EELK_Tartu_Peetri_kogudus_(kirikutahed), lk 26
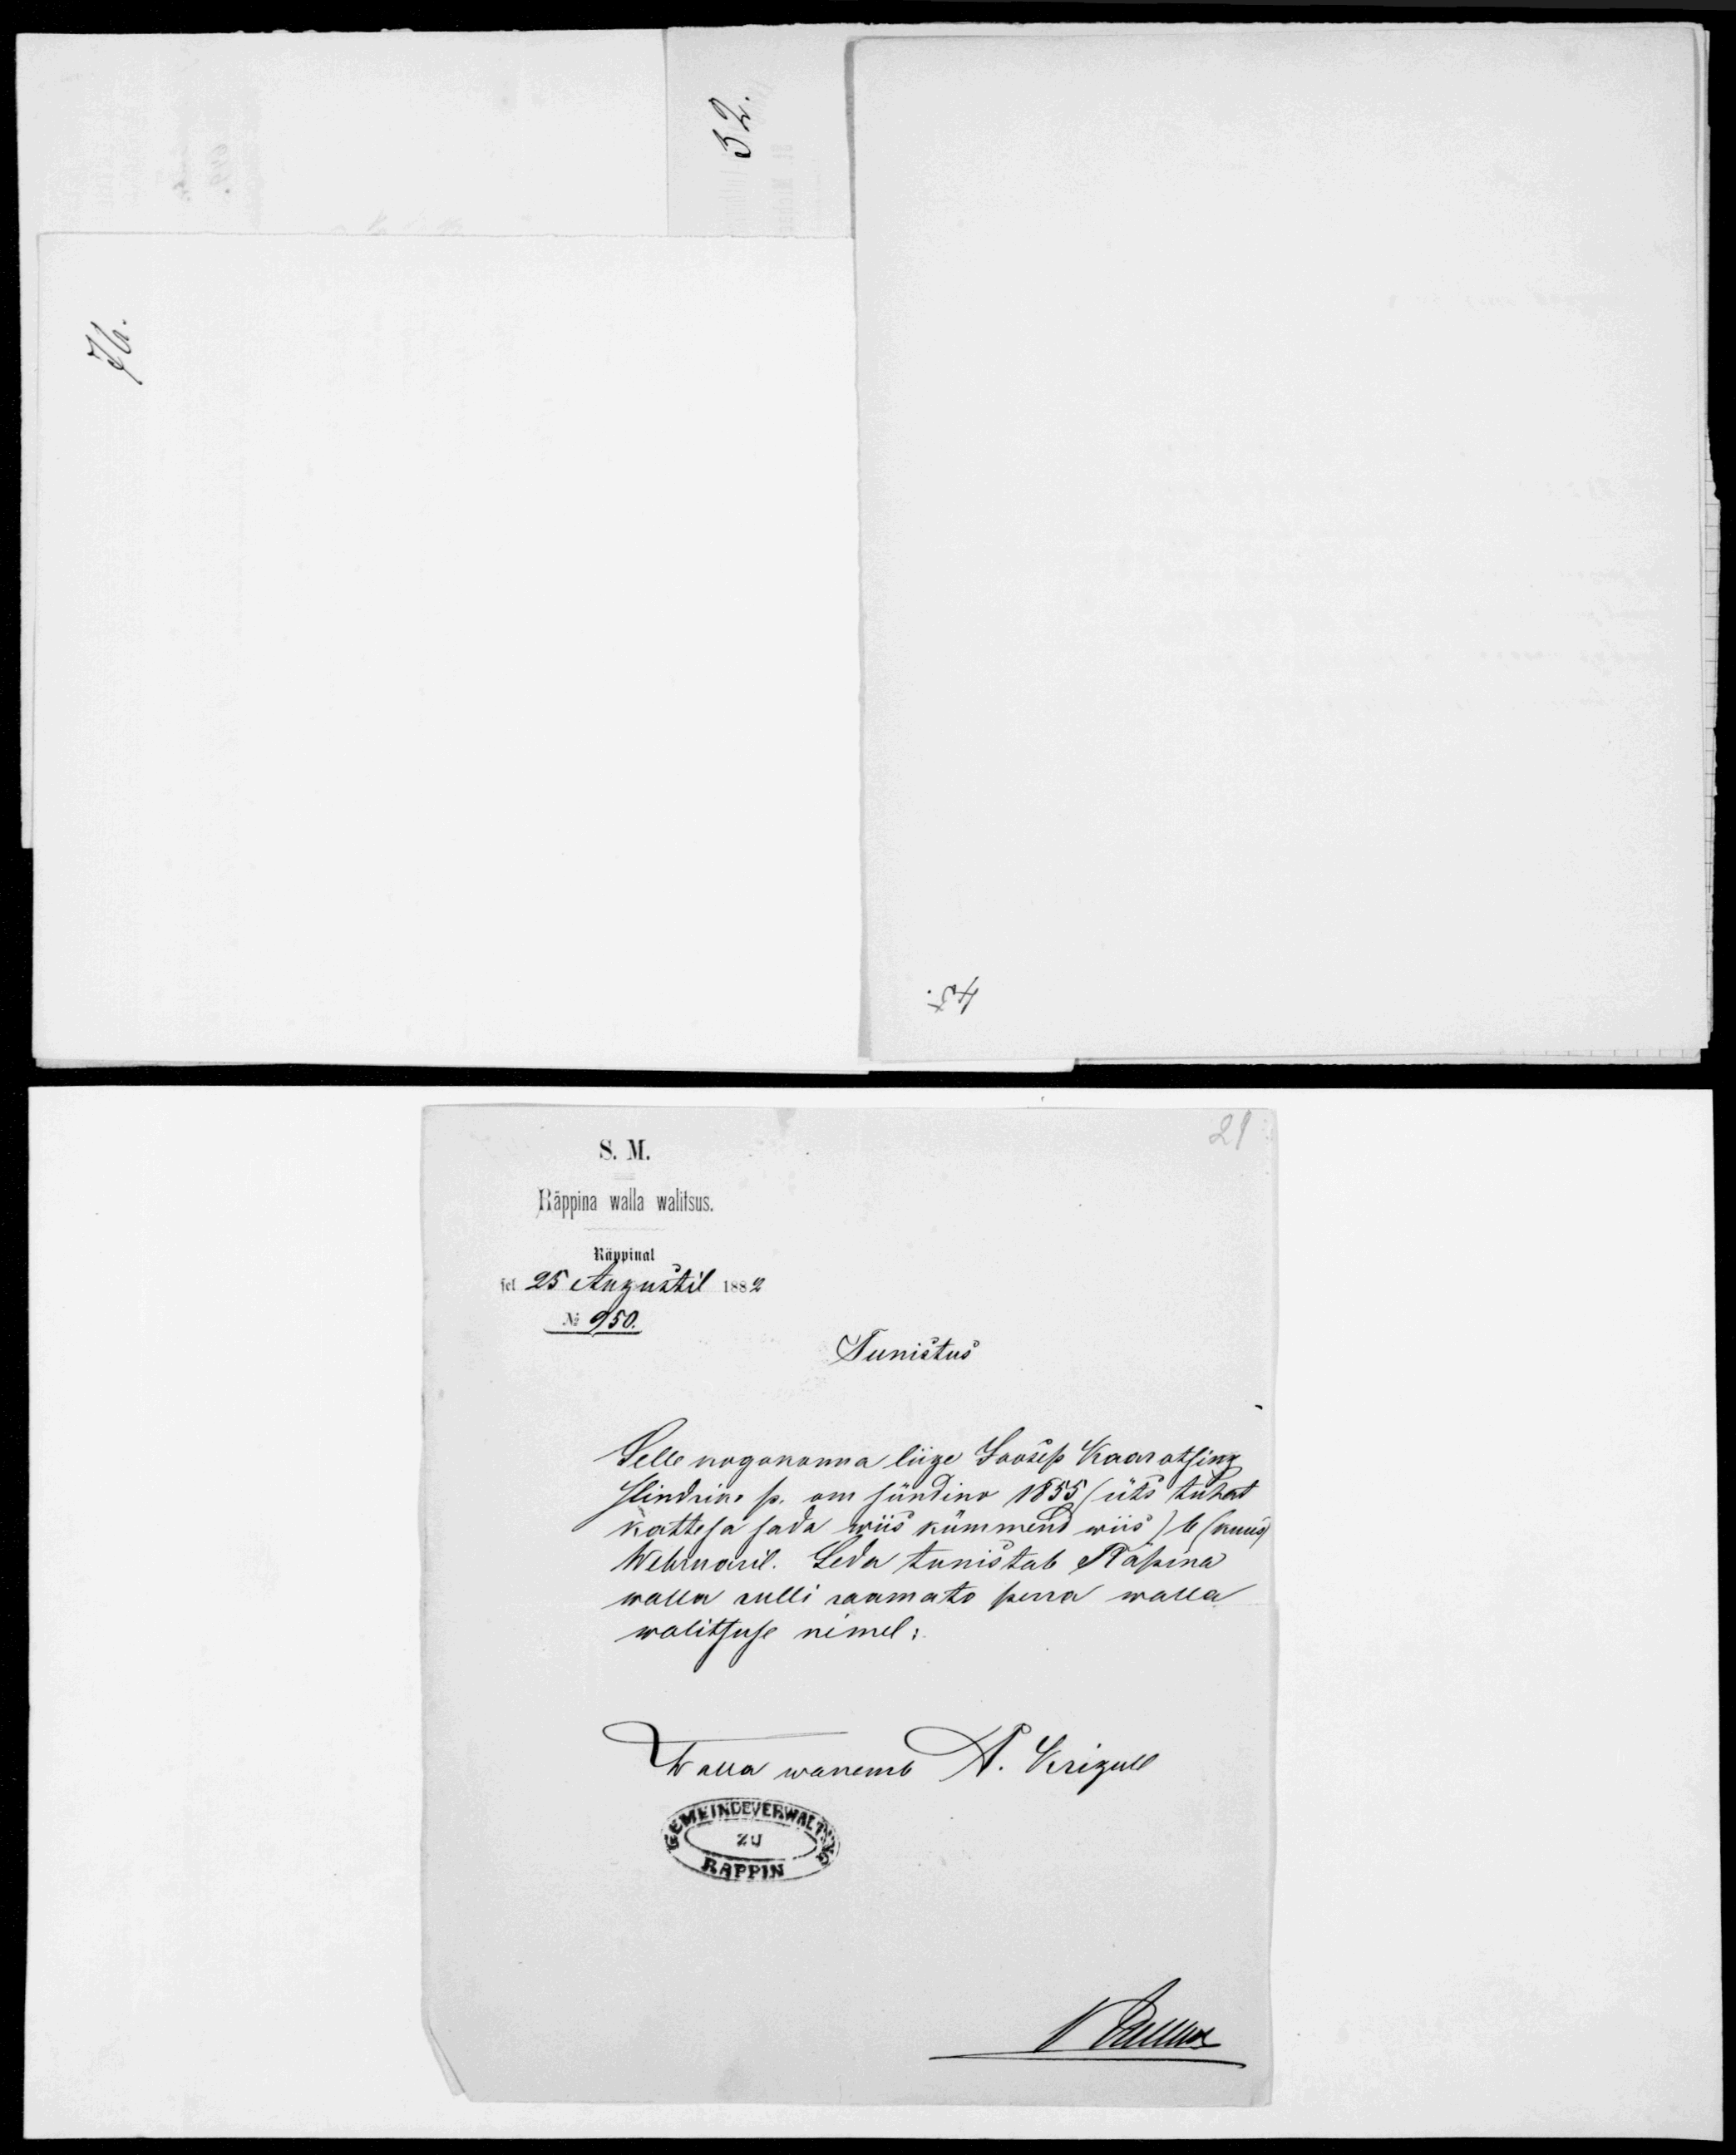
S. M.
Räppina walla walitsus.
Räppinal
sel 25 Augustil 1882
No: 950
tunistus
Selle kogokonna liige Joosip Kaarotsing
Hindrik p. on sündinu 1855 (üks tuhat
kattesa sada wiis kümmend wiis) 6 (kuus)
Webruaril. Seda tunistab Räpina
walla rulli raamatu perra walla
walitsuse nimel: